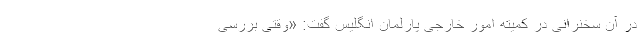
در آن سخنرانی در کمیته امور خارجی پارلمان انگلیس گفت: «وقتی بررسی